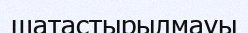
шатастырылмауы